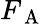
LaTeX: F_{\mathrm{~A~}}